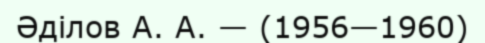
Әділов А. А. — (1956—1960)